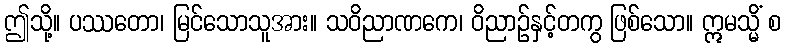
ဤသို့။ ပဿတော၊ မြင်သောသူအား။ သဝိညာဏကေ၊ ဝိညာဉ်နှင့်တကွ ဖြစ်သော။ ဣမသ္မိံ စ